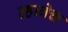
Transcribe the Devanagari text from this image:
व्हावेच